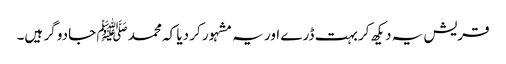
قریش یہ دیکھ کر بہت ڈرے اور یہ مشہور کر دیا کہ محمد ﷺ جادو گر ہیں۔